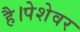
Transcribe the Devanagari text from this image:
है।पेशेवर